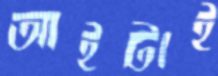
আইটাই